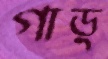
গাড়্‌